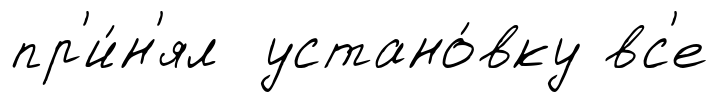
пр'и́н'ял устано́вку вс'е